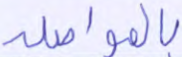
بالمواصلة